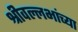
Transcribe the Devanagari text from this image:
श्रीवल्लभांच्या